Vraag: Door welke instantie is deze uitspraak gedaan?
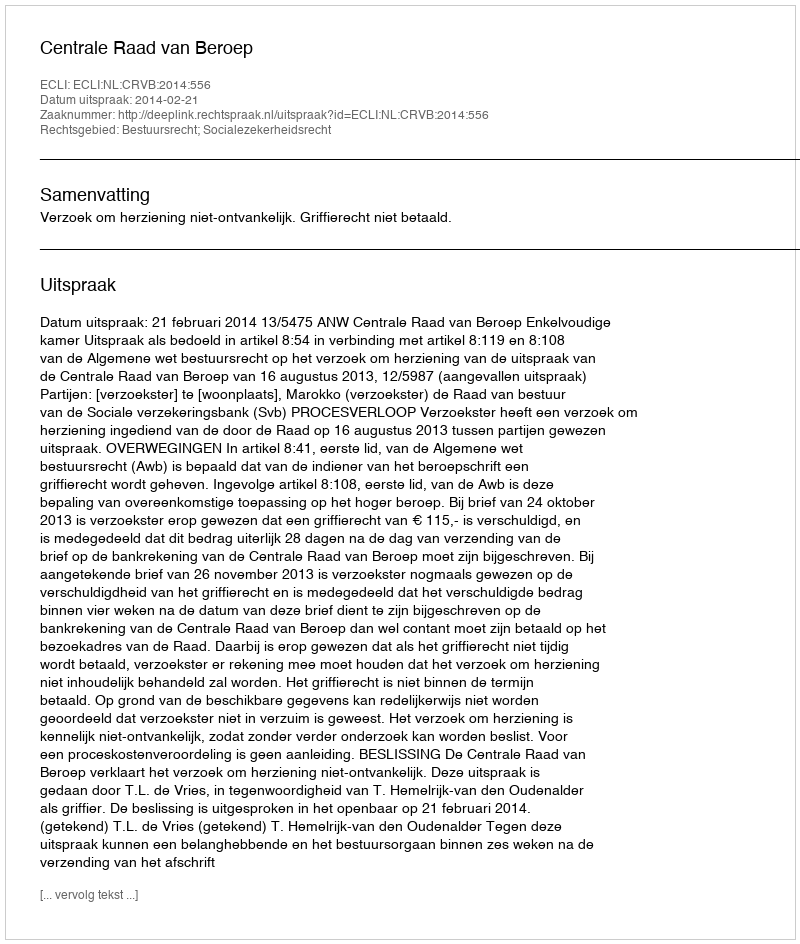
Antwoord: Centrale Raad van Beroep